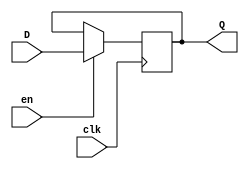
module EFF_v (input en,
				  input clk,
				  input [32:0] D,
				  output reg [32:0] Q);
	always@ (posedge clk) begin
		if (en)
			Q <= D;
	end
endmodule